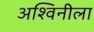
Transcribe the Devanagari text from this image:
अश्विनीला